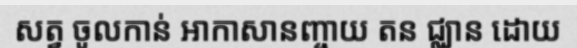
សត្វ ចូលកាន់ អាកាសានញ្ចាយ តន ជ្ឈាន ដោយ